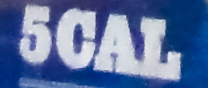
5CAL